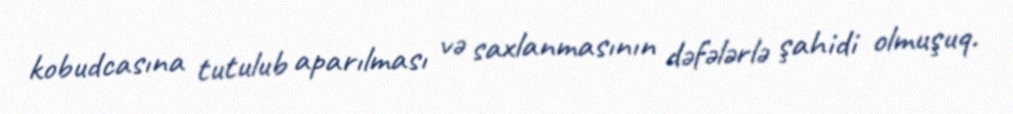
kobudcasına tutulub aparılması və saxlanmasının dəfələrlə şahidi olmuşuq.